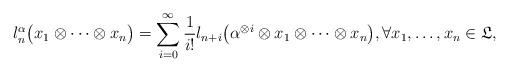
LaTeX: \begin{align*}l_n^\alpha\big(x_1 \otimes \dots \otimes x_n\big)=\sum_{i=0}^{\infty} \frac{1}{i !} l_{n+i}\big(\alpha^{\otimes i} \otimes x_1 \otimes \dots \otimes x_n\big), \forall x_1, \ldots, x_n \in \mathfrak{L},\end{align*}